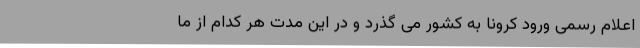
اعلام رسمی ورود کرونا به کشور می گذرد و در این مدت هر کدام از ما